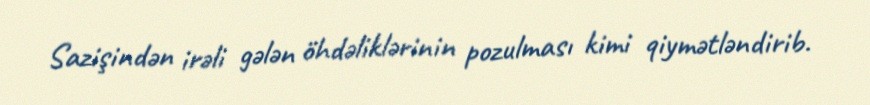
Sazişindən irəli gələn öhdəliklərinin pozulması kimi qiymətləndirib.